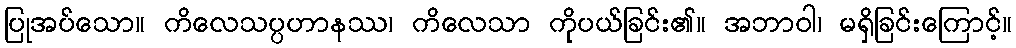
ပြုအပ်သော။ ကိလေသပ္ပဟာနဿ၊ ကိလေသာ ကိုပယ်ခြင်း၏။ အဘာဝါ၊ မရှိခြင်းကြောင့်။